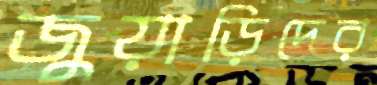
জুয়াড়িদের